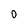
Character: O